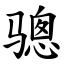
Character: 骢